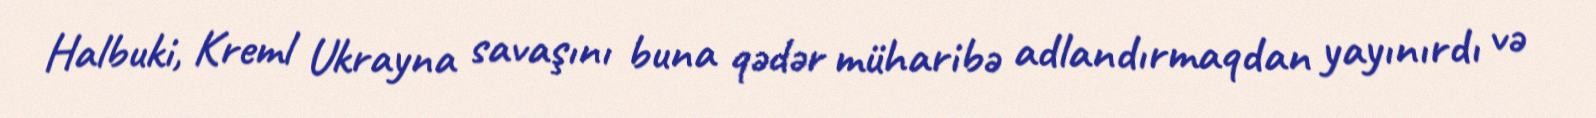
Halbuki, Kreml Ukrayna savaşını buna qədər müharibə adlandırmaqdan yayınırdı və